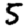
Digit: 5